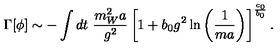
\Gamma [ \phi ] \sim - \int d t \ \frac { m _ { W } ^ { 2 } a } { g ^ { 2 } } \left[ 1 + b _ { 0 } g ^ { 2 } \ln \left( \frac { 1 } { m a } \right) \right] ^ { \frac { c _ { 0 } } { b _ { 0 } } } .